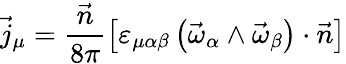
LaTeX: \vec{j}_{\mu}=\frac{\vec{n}}{8\pi}\left[\varepsilon_{\mu\alpha\beta}\left(\vec{\omega}_{\alpha}\wedge\vec{\omega}_{\beta}\right)\cdot\vec{n}\right]